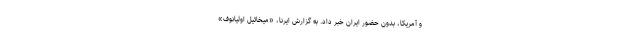
و آمریکا، بدون حضور ایران خبر داد. به گزارش ایرنا، «میخائیل اولیانوف»